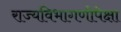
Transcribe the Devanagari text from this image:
राज्यविभागणीपेक्षा